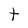
Character: t